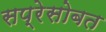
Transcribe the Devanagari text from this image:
सप्रेसोबत